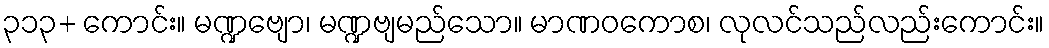
၃၁၃+ ကောင်း။ မဏ္ဍဗျော၊ မဏ္ဍဗျမည်သော။ မာဏဝကောစ၊ လုလင်သည်လည်းကောင်း။